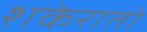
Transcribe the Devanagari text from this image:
शकेरातो